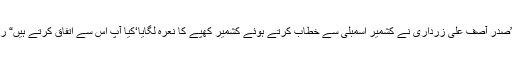
“ وہ مزید شرما گئے‘ میں نے تیسرا سوال داغ دیا ”صدر آصف علی زرداری نے کشمیر اسمبلی سے خطاب کرتے ہوئے کشمیر کھپے کا نعرہ لگایا‘کیا آپ اس سے اتفاق کرتے ہیں“ راجہ صاحب نے شرماتے ہوئے ہاں میں سر ہلا دیا۔